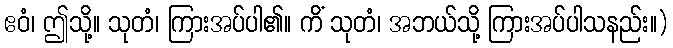
ဧဝံ၊ ဤသို့။ သုတံ၊ ကြားအပ်ပါ၏။ ကိံ သုတံ၊ အဘယ်သို့ ကြားအပ်ပါသနည်း။)